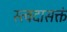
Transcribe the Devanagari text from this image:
स्त्वदासक्तं